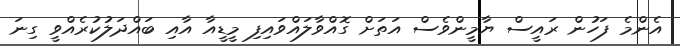
އެންމެ ފަހުން ރައީސް ޔާމީންވެސް އަތަށް ގޮއްވާލައްވައިފި މީޑީއާ އާއި ބައްދަލުކުރެއްވީ ގިނަ